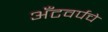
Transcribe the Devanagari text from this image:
अँटवर्पचे